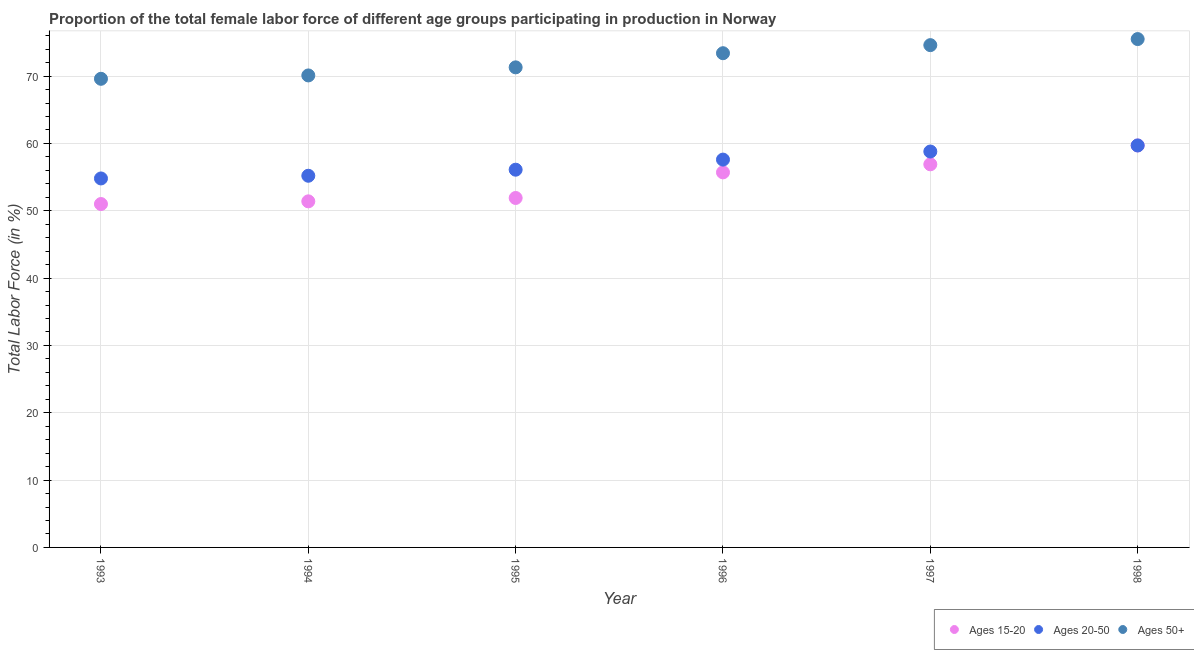
| Year | Ages 15-20 | Ages 20-50 | Ages 50+ |
 | --- | --- | --- | --- |
 | 1993 | 51 | 54.8 | 69.6 |
 | 1994 | 51.4 | 55.2 | 70.1 |
 | 1995 | 51.9 | 56.1 | 71.3 |
 | 1996 | 55.7 | 57.6 | 73.4 |
 | 1997 | 56.9 | 58.8 | 74.6 |
 | 1998 | 59.7 | 59.7 | 75.5 |